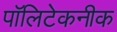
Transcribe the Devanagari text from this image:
पॉलिटेकनीक